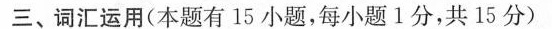
三、词汇运用(本题有 15 小题,每小题1分,共 15 分) (